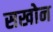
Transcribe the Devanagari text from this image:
सखोन